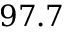
9 7 . 7